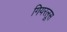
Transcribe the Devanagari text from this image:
गियरलूस